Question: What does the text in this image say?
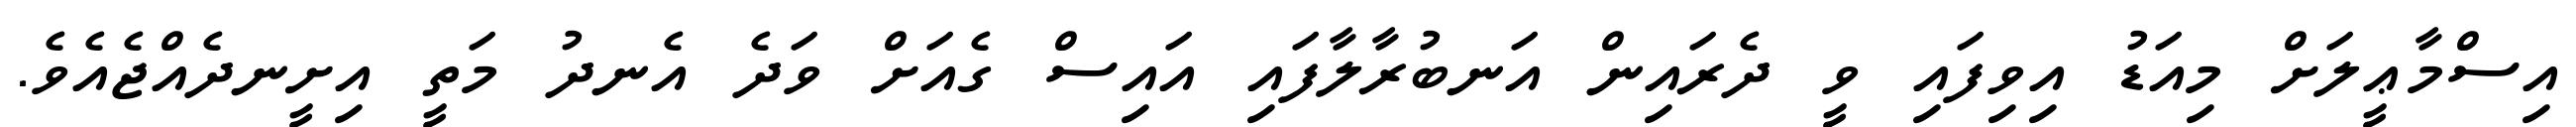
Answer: އިސްމާޢީލަށް މިއަޑު އިވިފައި ވީ ދެރައިން އަނބުރާލާފައި އައިސް ގެއަށް ވަދެ އެނދު މަތީ އިށީނދެއްޖެއެވެ.